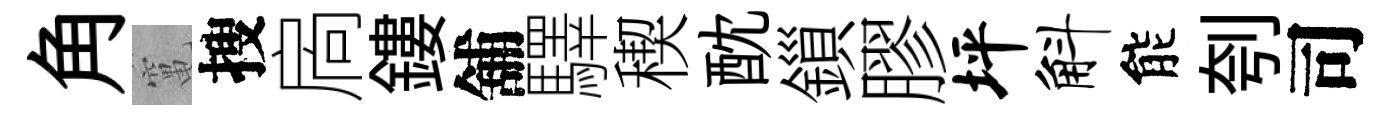
角𥧄搜扄鏤舖驛稧酖鎻膠坪斛能刳司